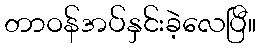
တာဝန်အပ်နှင်းခဲ့လေပြီ။